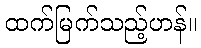
ထက်မြက်သည့်ဟန်။